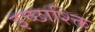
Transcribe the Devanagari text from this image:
इच्छाश्क्ति